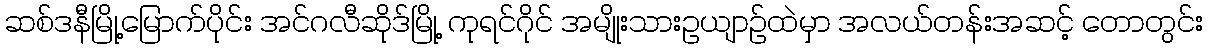
ဆစ်ဒနီမြို့မြောက်ပိုင်း အင်ဂလီဆိုဒ်မြို့ ကုရင်ဂိုင် အမျိုးသားဥယျာဉ်ထဲမှာ အလယ်တန်းအဆင့် တောတွင်း